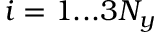
i = 1 . . . 3 N _ { y }